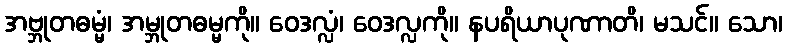
အဗ္ဘုတဓမ္မံ၊ အမ္ဘုတဓမ္မကို။ ဝေဒလ္လံ၊ ဝေဒလ္လကို။ နပရိယာပုဏာတိ၊ မသင်။ သော၊